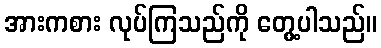
အားကစား လုပ်ကြသည်ကို တွေ့ပါသည်။